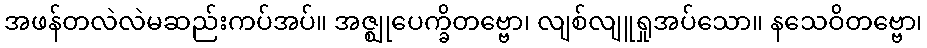
အဖန်တလဲလဲမဆည်းကပ်အပ်။ အဇ္ဈုပေက္ခိတဗ္ဗော၊ လျစ်လျူရှုအပ်သော။ နသေဝိတဗ္ဗော၊